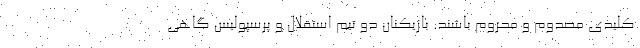
کلیدی مصدوم و محروم باشند. بازیکنان دو تیم استقلال و پرسپولیس گاهی